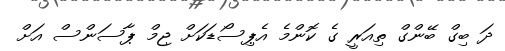
ދަ ބިގް ބޭންގް ތިއަރީ ގެ ކޮންމެ އެޕިސޯޑަކަށް ޖިމް ޕާސަންސް އަށް